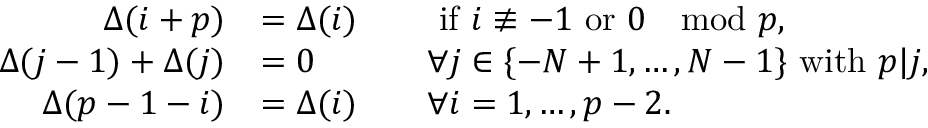
\begin{array} { r l r l } { \Delta ( { i + p } ) } & { = \Delta ( i ) } & & { \mathrm { ~ i f ~ } i \not \equiv - 1 \mathrm { ~ o r ~ } 0 \mod p , } \\ { \Delta ( { j - 1 } ) + \Delta ( { j } ) } & { = 0 } & & { \forall j \in \{ - N + 1 , \ldots , N - 1 \} \mathrm { ~ w i t h ~ } p | j , } \\ { \Delta ( { p - 1 - i } ) } & { = \Delta ( i ) } & & { \forall i = 1 , \dots , p - 2 . } \end{array}